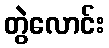
တွဲလောင်း